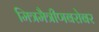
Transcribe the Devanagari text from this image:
मित्रमैत्रीणबरोबर